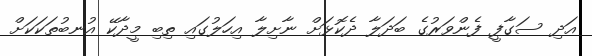
އަދި ސަގާފީ ފެންވަރުގެ ބަދަލާ ދެކޮޅަށް ނާށިލާ އިހަލުގައި ތިބި މީދާކޭ އުނބުތަކަކަށް